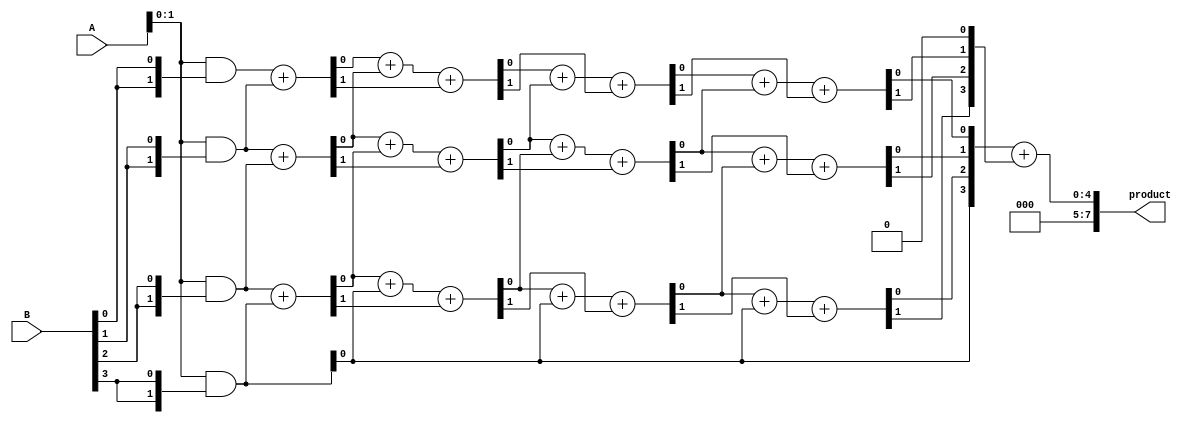
module wallace_tree_multiplier #(parameter N = 4) (
    input [N-1:0] A, // Multiplicand
    input [N-1:0] B, // Multiplier
    output reg [2*N-1:0] product // Product output
);

    // Generate partial products
    wire [N-1:0] partial_products [0:N-1];
    genvar i;
    generate
        for (i = 0; i < N; i = i + 1) begin : pp_gen
            assign partial_products[i] = A & {N{B[i]}};
        end
    endgenerate

    // Wallace tree reduction
    wire [N-1:0] sum [0:N-1];
    wire [N-1:0] carry [0:N-1];
    
    // Stage 1: Add partial products
    generate
        for (i = 0; i < N; i = i + 1) begin : stage1
            if (i < N-1) begin
                assign {carry[0][i], sum[0][i]} = partial_products[i][1:0] + partial_products[i+1][1:0];
            end else begin
                assign sum[0][i] = partial_products[i][0];
                assign carry[0][i] = 1'b0;
            end
        end
    endgenerate

    // Stage 2 and further: Continue reduction
    genvar j;
    generate
        for (j = 1; j < N; j = j + 1) begin : reduction
            for (i = 0; i < N; i = i + 1) begin : stage
                if (i < N-1) begin
                    assign {carry[j][i], sum[j][i]} = sum[j-1][i] + sum[j-1][i+1] + carry[j-1][i];
                end else begin
                    assign sum[j][i] = sum[j-1][i];
                    assign carry[j][i] = carry[j-1][i];
                end
            end
        end
    endgenerate

    // Final addition
    wire [2*N-1:0] final_sum;
    wire [2*N-1:0] final_carry;

    assign final_sum = {1'b0, sum[N-1]} + {carry[N-1], 1'b0};

    // Assign product
    always @(*) begin
        product = final_sum;
    end

endmodule